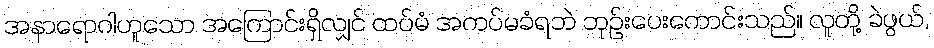
အနာရောဂါဟူသော အကြောင်းရှိလျှင် ထပ်မံ အကပ်မခံရဘဲ ဘုဉ်းပေးကောင်းသည်။ လူတို့ ခဲဖွယ်,